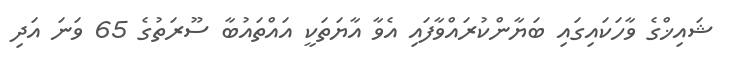
ޝައިޚްގެ ވާހަކައިގައި ބަޔާންކުރައްވާފައި އެވާ އާޔަތަކީ އައްތައުބާ ސޫރަތުގެ 65 ވަނަ އަދި